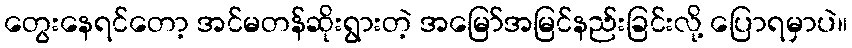
တွေးနေရင်တော့ အင်မတန်ဆိုးရွားတဲ့ အမြော်အမြင်နည်းခြင်းလို့ ပြောရမှာပဲ။